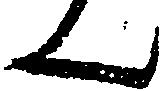
ん